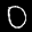
Label: 0